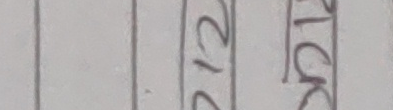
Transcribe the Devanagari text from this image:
२२२
१८
८
९
८